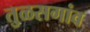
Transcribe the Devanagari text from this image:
तुळसगांव